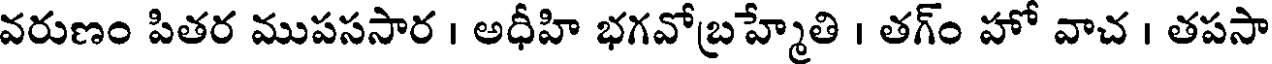
వరుణం పితర ముపససార । అధీహి భగవోబ్రహ్మేతి । తగ్ం హో వాచ । తపసా